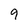
Character: 9